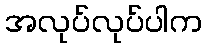
အလုပ်လုပ်ပါက